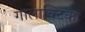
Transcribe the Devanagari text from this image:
गालाक्टिका